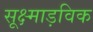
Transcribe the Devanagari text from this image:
सूक्ष्माड़विक